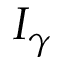
I _ { \gamma }